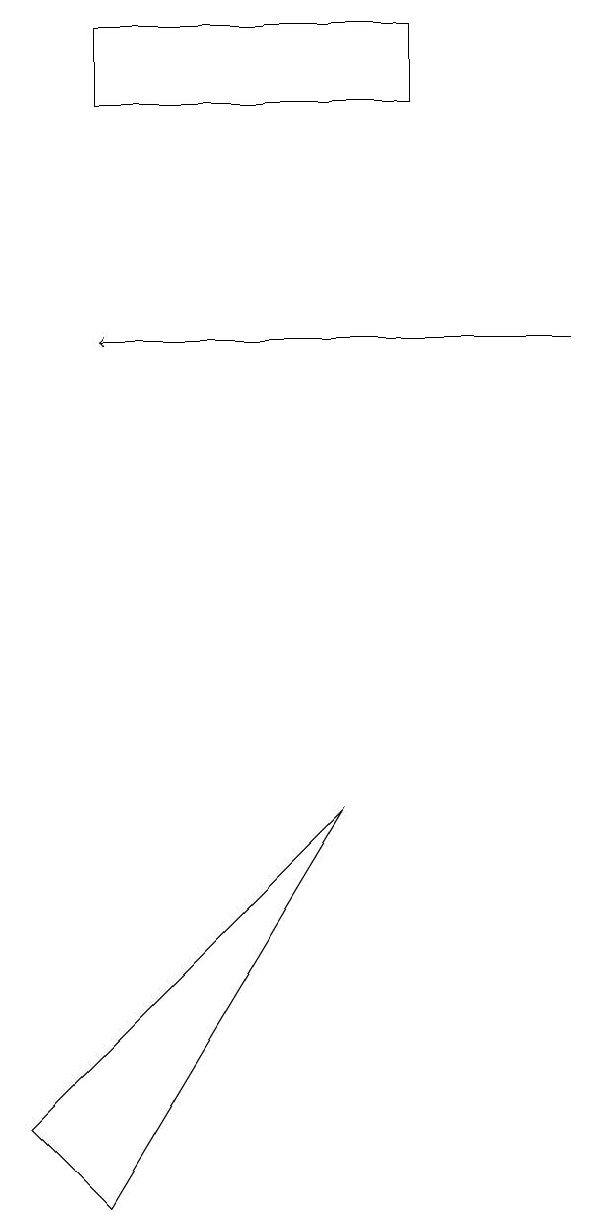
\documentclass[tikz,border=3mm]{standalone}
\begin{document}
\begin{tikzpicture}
\draw (5,7) -- (2,2) -- (1,3) -- cycle;
\draw[->] (8,13) -- (2,13);
\draw (2,16) rectangle (6,17);
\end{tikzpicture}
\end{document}